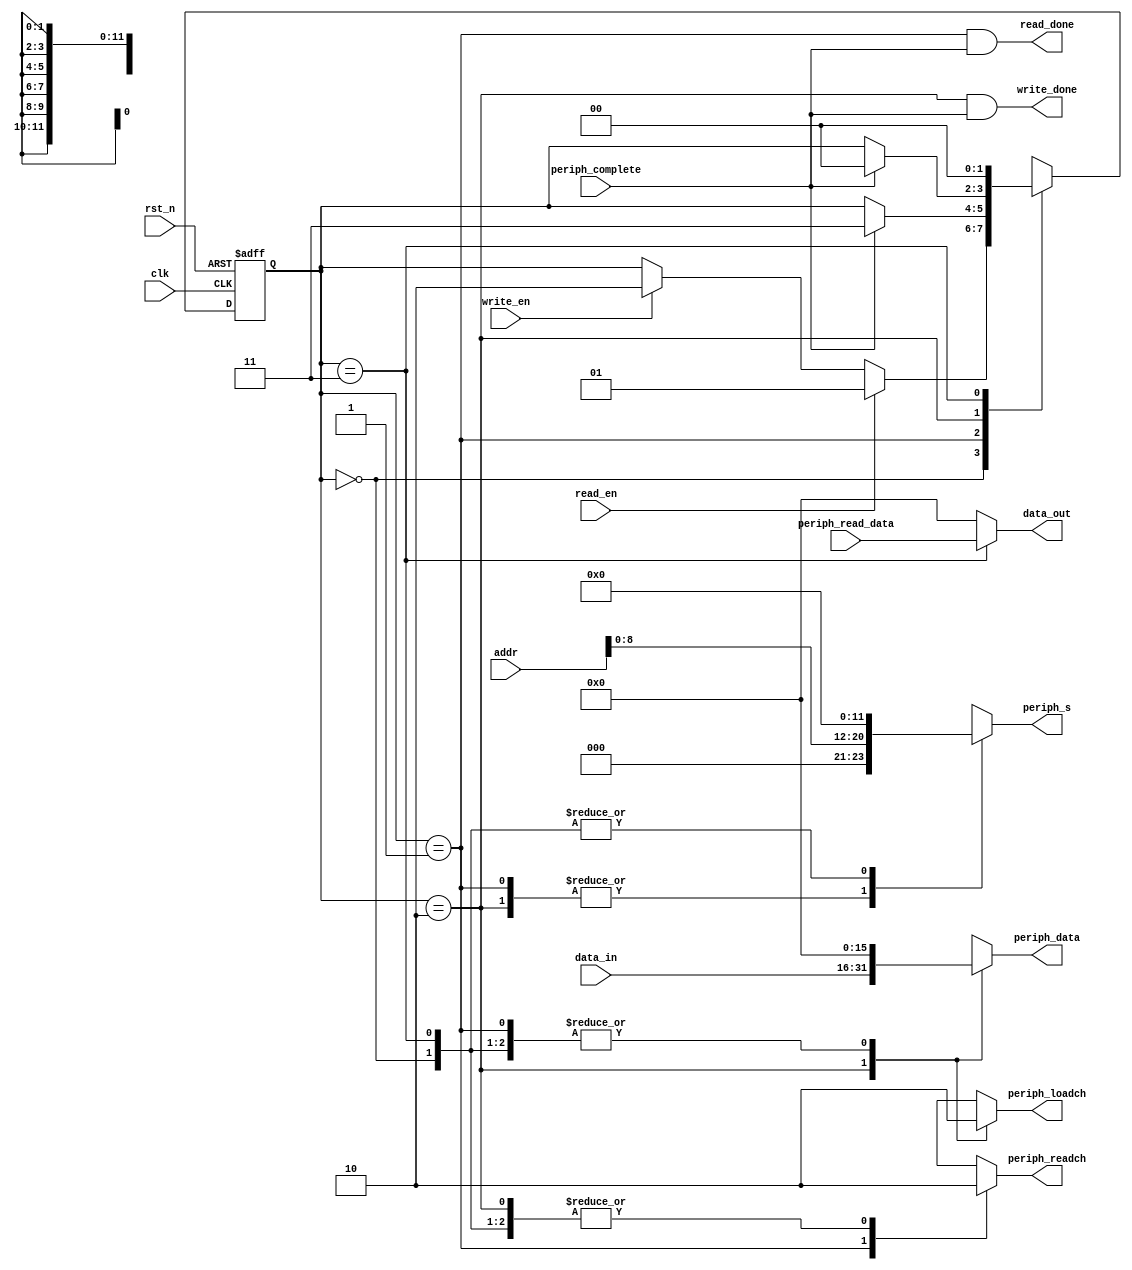
module agc_channels(
    input wire clk,
    input wire rst_n,

    input wire read_en,
    output wire read_done,
    input wire write_en,
    output wire write_done,
    input wire [15:0] addr,
    input wire [15:0] data_in,
    output wire [15:0] data_out,

    output reg periph_readch,
    output reg periph_loadch,
    output reg [12:1] periph_s,
    output reg [16:1] periph_data,
    input wire [16:1] periph_read_data,
    input wire periph_complete
);

localparam IDLE = 0,
           READ_CHANNEL = 1,
           WRITE_CHANNEL = 2,
           SEND_DATA = 3;

reg [1:0] state;
reg [1:0] next_state;

assign read_done = (state == READ_CHANNEL) & periph_complete;
assign write_done = (state == WRITE_CHANNEL) & periph_complete;
assign data_out = (state == SEND_DATA) ? periph_read_data : 16'b0;

always @(*) begin
    next_state = state;
    periph_readch = 1'b0;
    periph_loadch = 1'b0;
    periph_s = 12'b0;
    periph_data = 16'b0;

    case (state)
    IDLE: begin
        if (read_en) begin
            next_state = READ_CHANNEL;
        end else if (write_en) begin
            next_state = WRITE_CHANNEL;
        end
    end

    READ_CHANNEL: begin
        periph_readch = 1'b1;
        periph_s = {3'b0, addr[8:0]};

        if (periph_complete) begin
            next_state = SEND_DATA;
        end
    end

    WRITE_CHANNEL: begin
        periph_loadch = 1'b1;
        periph_s = {3'b0, addr[8:0]};
        periph_data = data_in;

        if (periph_complete) begin
            next_state = IDLE;
        end
    end

    SEND_DATA: begin
        next_state = IDLE;
    end

    endcase
end

always @(posedge clk or negedge rst_n) begin
    if (~rst_n) begin
        state <= IDLE;
    end else begin
        state <= next_state;
    end
end

endmodule